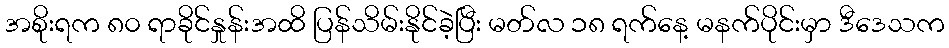
အစိုးရက ၈၀ ရာခိုင်နှုန်းအထိ ပြန်သိမ်းနိုင်ခဲ့ပြီး မတ်လ ၁၈ ရက်နေ့ မနက်ပိုင်းမှာ ဒီဒေသက